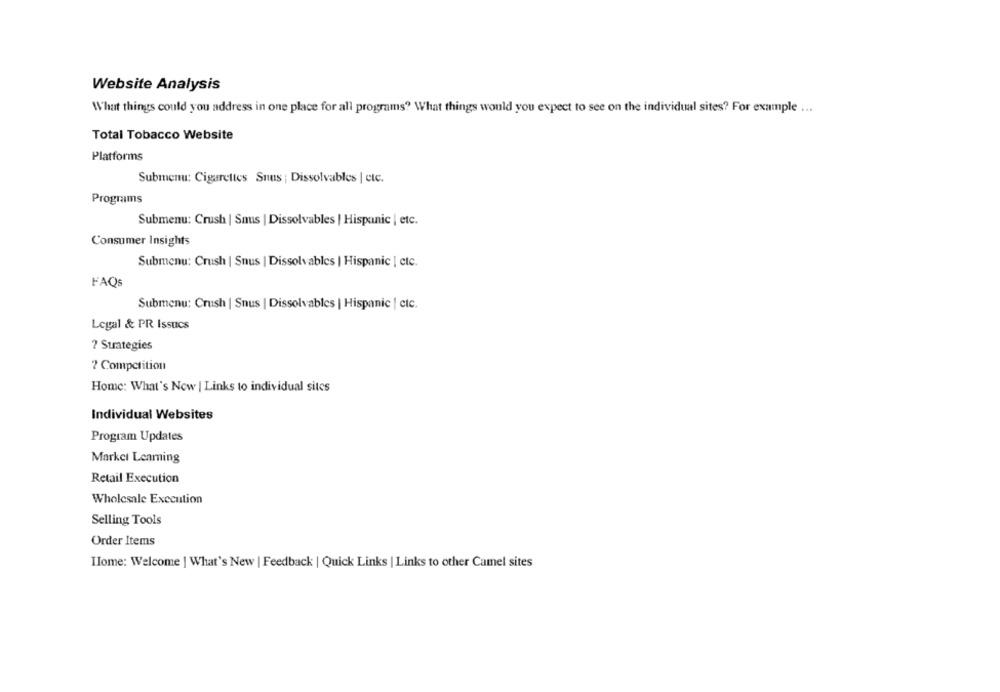
Website Analysis
What things could you address in one place for all programs? What things would you expect to see on the individual sites? For example ...
Total Tobacco Website
Platforms
Submenu: Cigarettes Snus : Dissolvables | etc.
Programs
Submenu: Crush | Snus | Dissolvables | Hispanic | etc.
Consumer Insights
Submenu: Crush | Snus | Dissolvables | Hispanic | etc.
FAQS
Submenu: Crush | Snus | Dissolvables | Hispanic | ctc.
Legal & PR Issucs
? Strategies
7 Competition
Home: What's New | Links to individual sites
Individual Websites
Program Updates
Market Learning
Retail Execution
Wholesale Execution
Selling Tools
Order Items
Ilome: Welcome | What's New | Feedback | Quick Links | Links to other Camel sites